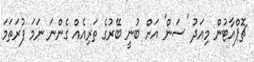
ޗޮޕްއާޓުން މިއަދު 'ސަން' އަށް ބުނީ ބޭރުގެ ތަރިއެއް ގެންނަ ނަމަ ފުރަތަމަ